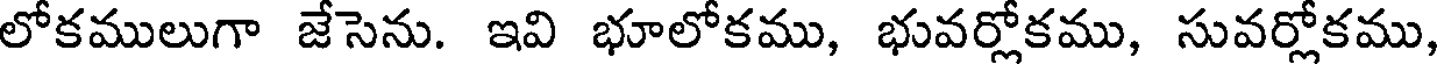
లోకములుగా జేసెను. ఇవి భూలోకము, భువర్లోకము, సువర్లోకము,